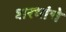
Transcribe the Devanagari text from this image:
शरभांचे